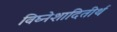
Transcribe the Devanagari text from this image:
विघ्नेशादितीर्थ